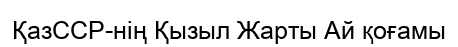
ҚазССР-нің Қызыл Жарты Ай қоғамы